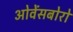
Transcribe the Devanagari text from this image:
ओवेंसबोरो